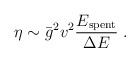
\begin{align*}\eta\sim\bar{g}^2 v^2 \frac{E_{{\rm spent}}}{\Delta E} \; .\end{align*}